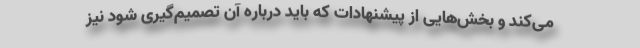
می‌کند و بخش‌هایی از پیشنهادات که باید درباره آن تصمیم‌گیری شود نیز